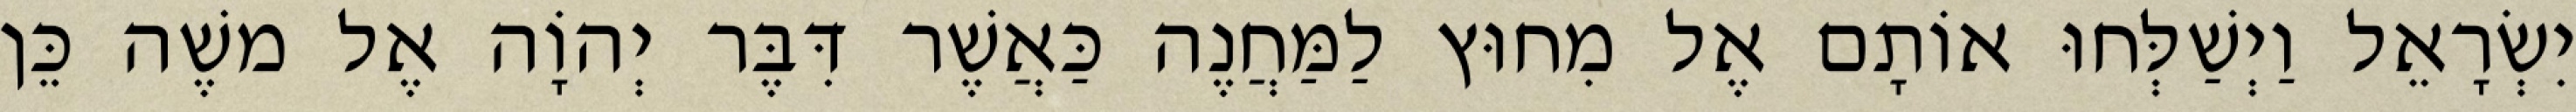
יִשְׂרָאֵל וַיְשַׁלְּחוּ אוֹתָם אֶל מִחוּץ לַמַּחֲנֶה כַּאֲשֶׁר דִּבֶּר יְהוָֹה אֶל משֶׁה כֵּן